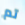
تم